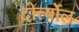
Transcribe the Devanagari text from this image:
दोर्त्योल